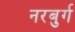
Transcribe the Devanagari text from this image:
नरबुर्ग